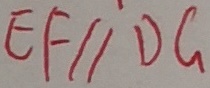
E F / / D G